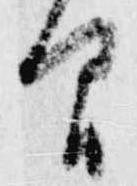
間